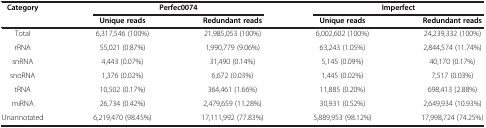
<table><thead><tr><td rowspan="2"><b>Category</b></td><td colspan="2"><b>Perfec0074</b></td><td colspan="2"><b>Imperfect</b></td></tr><tr><td><b>Unique reads</b></td><td><b>Redundant reads</b></td><td><b>Unique reads</b></td><td><b>Redundant reads</b></td></tr></thead><tbody><tr><td>Total</td><td>6,317,546 (100%)</td><td>21,985,053 (100%)</td><td>6,002,602 (100%)</td><td>24,239,332 (100%)</td></tr><tr><td>rRNA</td><td>55,021 (0.87%)</td><td>1,990,779 (9.06%)</td><td>63,243 (1.05%)</td><td>2,844,574 (11.74%)</td></tr><tr><td>snRNA</td><td>4,443 (0.07%)</td><td>31,490 (0.14%)</td><td>5,145 (0.09%)</td><td>40,170 (0.17%)</td></tr><tr><td>snoRNA</td><td>1,376 (0.02%)</td><td>6,672 (0.03%)</td><td>1,445 (0.02%)</td><td>7,517 (0.03%)</td></tr><tr><td>tRNA</td><td>10,502 (0.17%)</td><td>364,461 (1.66%)</td><td>11,885 (0.20%)</td><td>698,413 (2.88%)</td></tr><tr><td>miRNA</td><td>26,734 (0.42%)</td><td>2,479,659 (11.28%)</td><td>30,931 (0.52%)</td><td>2,649,934 (10.93%)</td></tr><tr><td>Unannotated</td><td>6,219,470 (98.45%)</td><td>17,111,992 (77.83%)</td><td>5,889,953 (98.12%)</td><td>17,998,724 (74.25%)</td></tr></tbody></table>